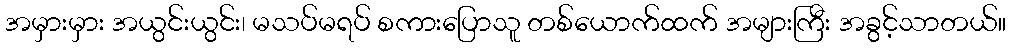
အမှားမှား အယွင်းယွင်း၊ မသပ်မရပ် စကားပြောသူ တစ်ယောက်ထက် အများကြီး အခွင့်သာတယ်။